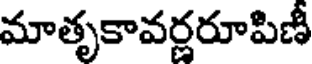
మాతృకావర్ణరూపిణీ